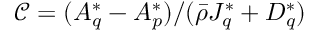
\mathcal { C } = ( A _ { q } ^ { * } - A _ { p } ^ { * } ) / ( \bar { \rho } J _ { q } ^ { * } + D _ { q } ^ { * } )